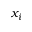
x _ { i }